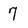
Character: 7